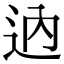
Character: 𨑧